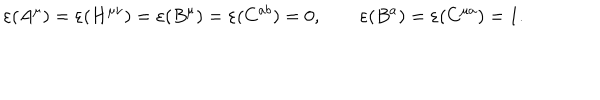
\varepsilon ( A ^ { \mu } ) = \varepsilon ( H ^ { \mu \nu } ) = \varepsilon ( B ^ { \mu } ) = \varepsilon ( C ^ { a b } ) = 0 , \qquad \varepsilon ( B ^ { a } ) = \varepsilon ( C ^ { \mu a } ) = 1 .